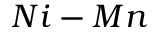
N i - M n